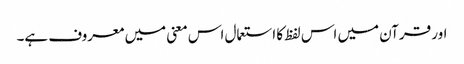
اور قرآن میں اس لفظ کا استعمال اس معنی میں معروف ہے۔